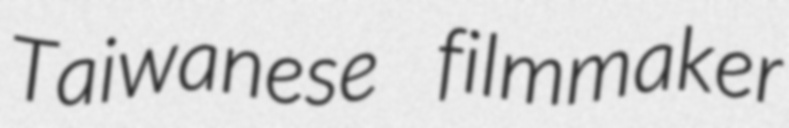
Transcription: Taiwanese filmmaker